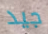
جيد